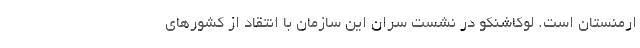
ارمنستان است. لوکاشنکو در نشست سران این سازمان با انتقاد از کشورهای